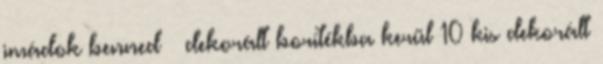
imádok benned – dekorált borítékba kerül 10 kis dekorált